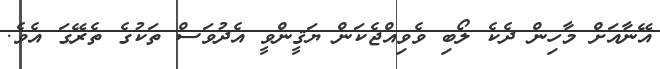
އޭނާއަށް މާހިން ދެކެ ލޯބި ވެވިއްޖެކަން ޔަޤީންވީ އެދުވަސް ތަކުގެ ތެރޭގަ އެވެ.